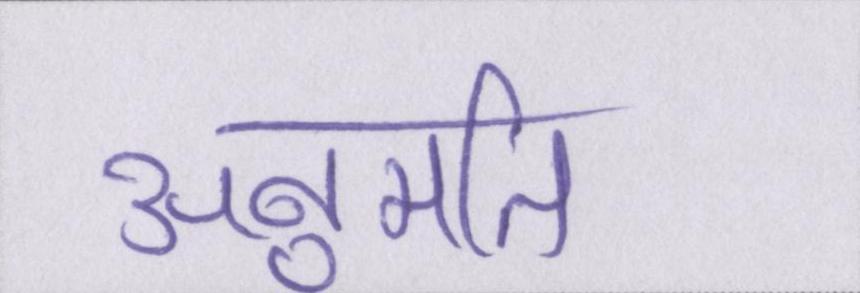
अनुमति